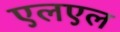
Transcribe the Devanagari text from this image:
एलएल